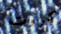
كروت